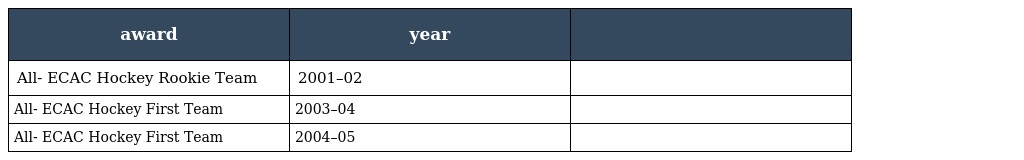
| award | year |  |
 | --- | --- | --- |
 | All- ECAC Hockey Rookie Team | 2001–02 |  |
 | All- ECAC Hockey First Team | 2003–04 |  |
 | All- ECAC Hockey First Team | 2004–05 |  |